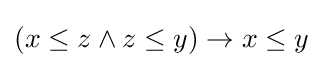
(x\leq z\land z\leq y)\rightarrow x\leq y